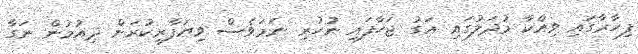
ފިހާރާގައި ވިއްކާ މުދަލުގައި އަގު ޖަހާފައި ނުހުރި ނަމަވެސް ވިޔަފާރިކުރަން ދިއުމުން ނަގާ